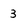
Character: 3